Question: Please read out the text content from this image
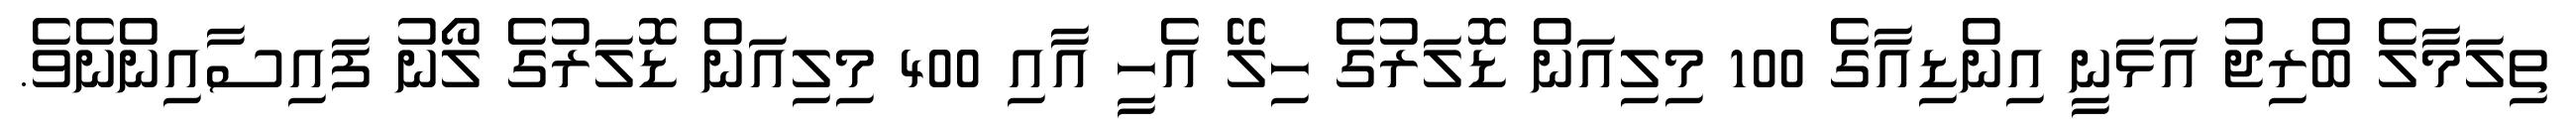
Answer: ތިލަމާލެ ބްރިޖު އަޅަނީ އިންޑިއާގެ 100 މިލިއަން ޑޮލަރުގެ ހިލޭ އެހީ އާއި 400 މިލިއަން ޑޮލަރުގެ ލޯނު ފައިސާއިންނެވެ.